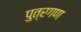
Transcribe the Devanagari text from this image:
पुत्रगण